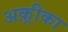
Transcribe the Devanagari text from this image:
अक़्रीका